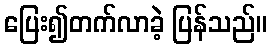
ပြေး၍တက်လာခဲ့ ပြန်သည်။